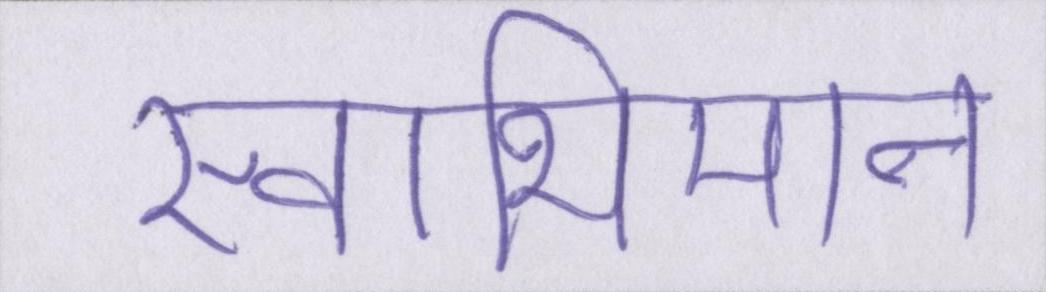
स्वाभिमान